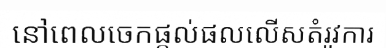
នៅពេលចេកផ្តល់ផលលើសតំរូវការ